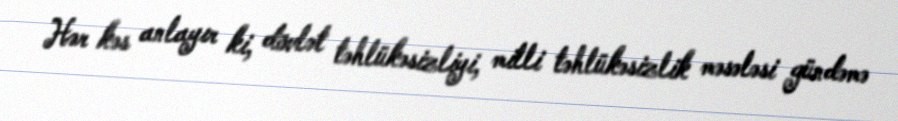
Hər kəs anlayır ki, dövlət təhlükəsizliyi, milli təhlükəsizlik məsələsi gündəmə